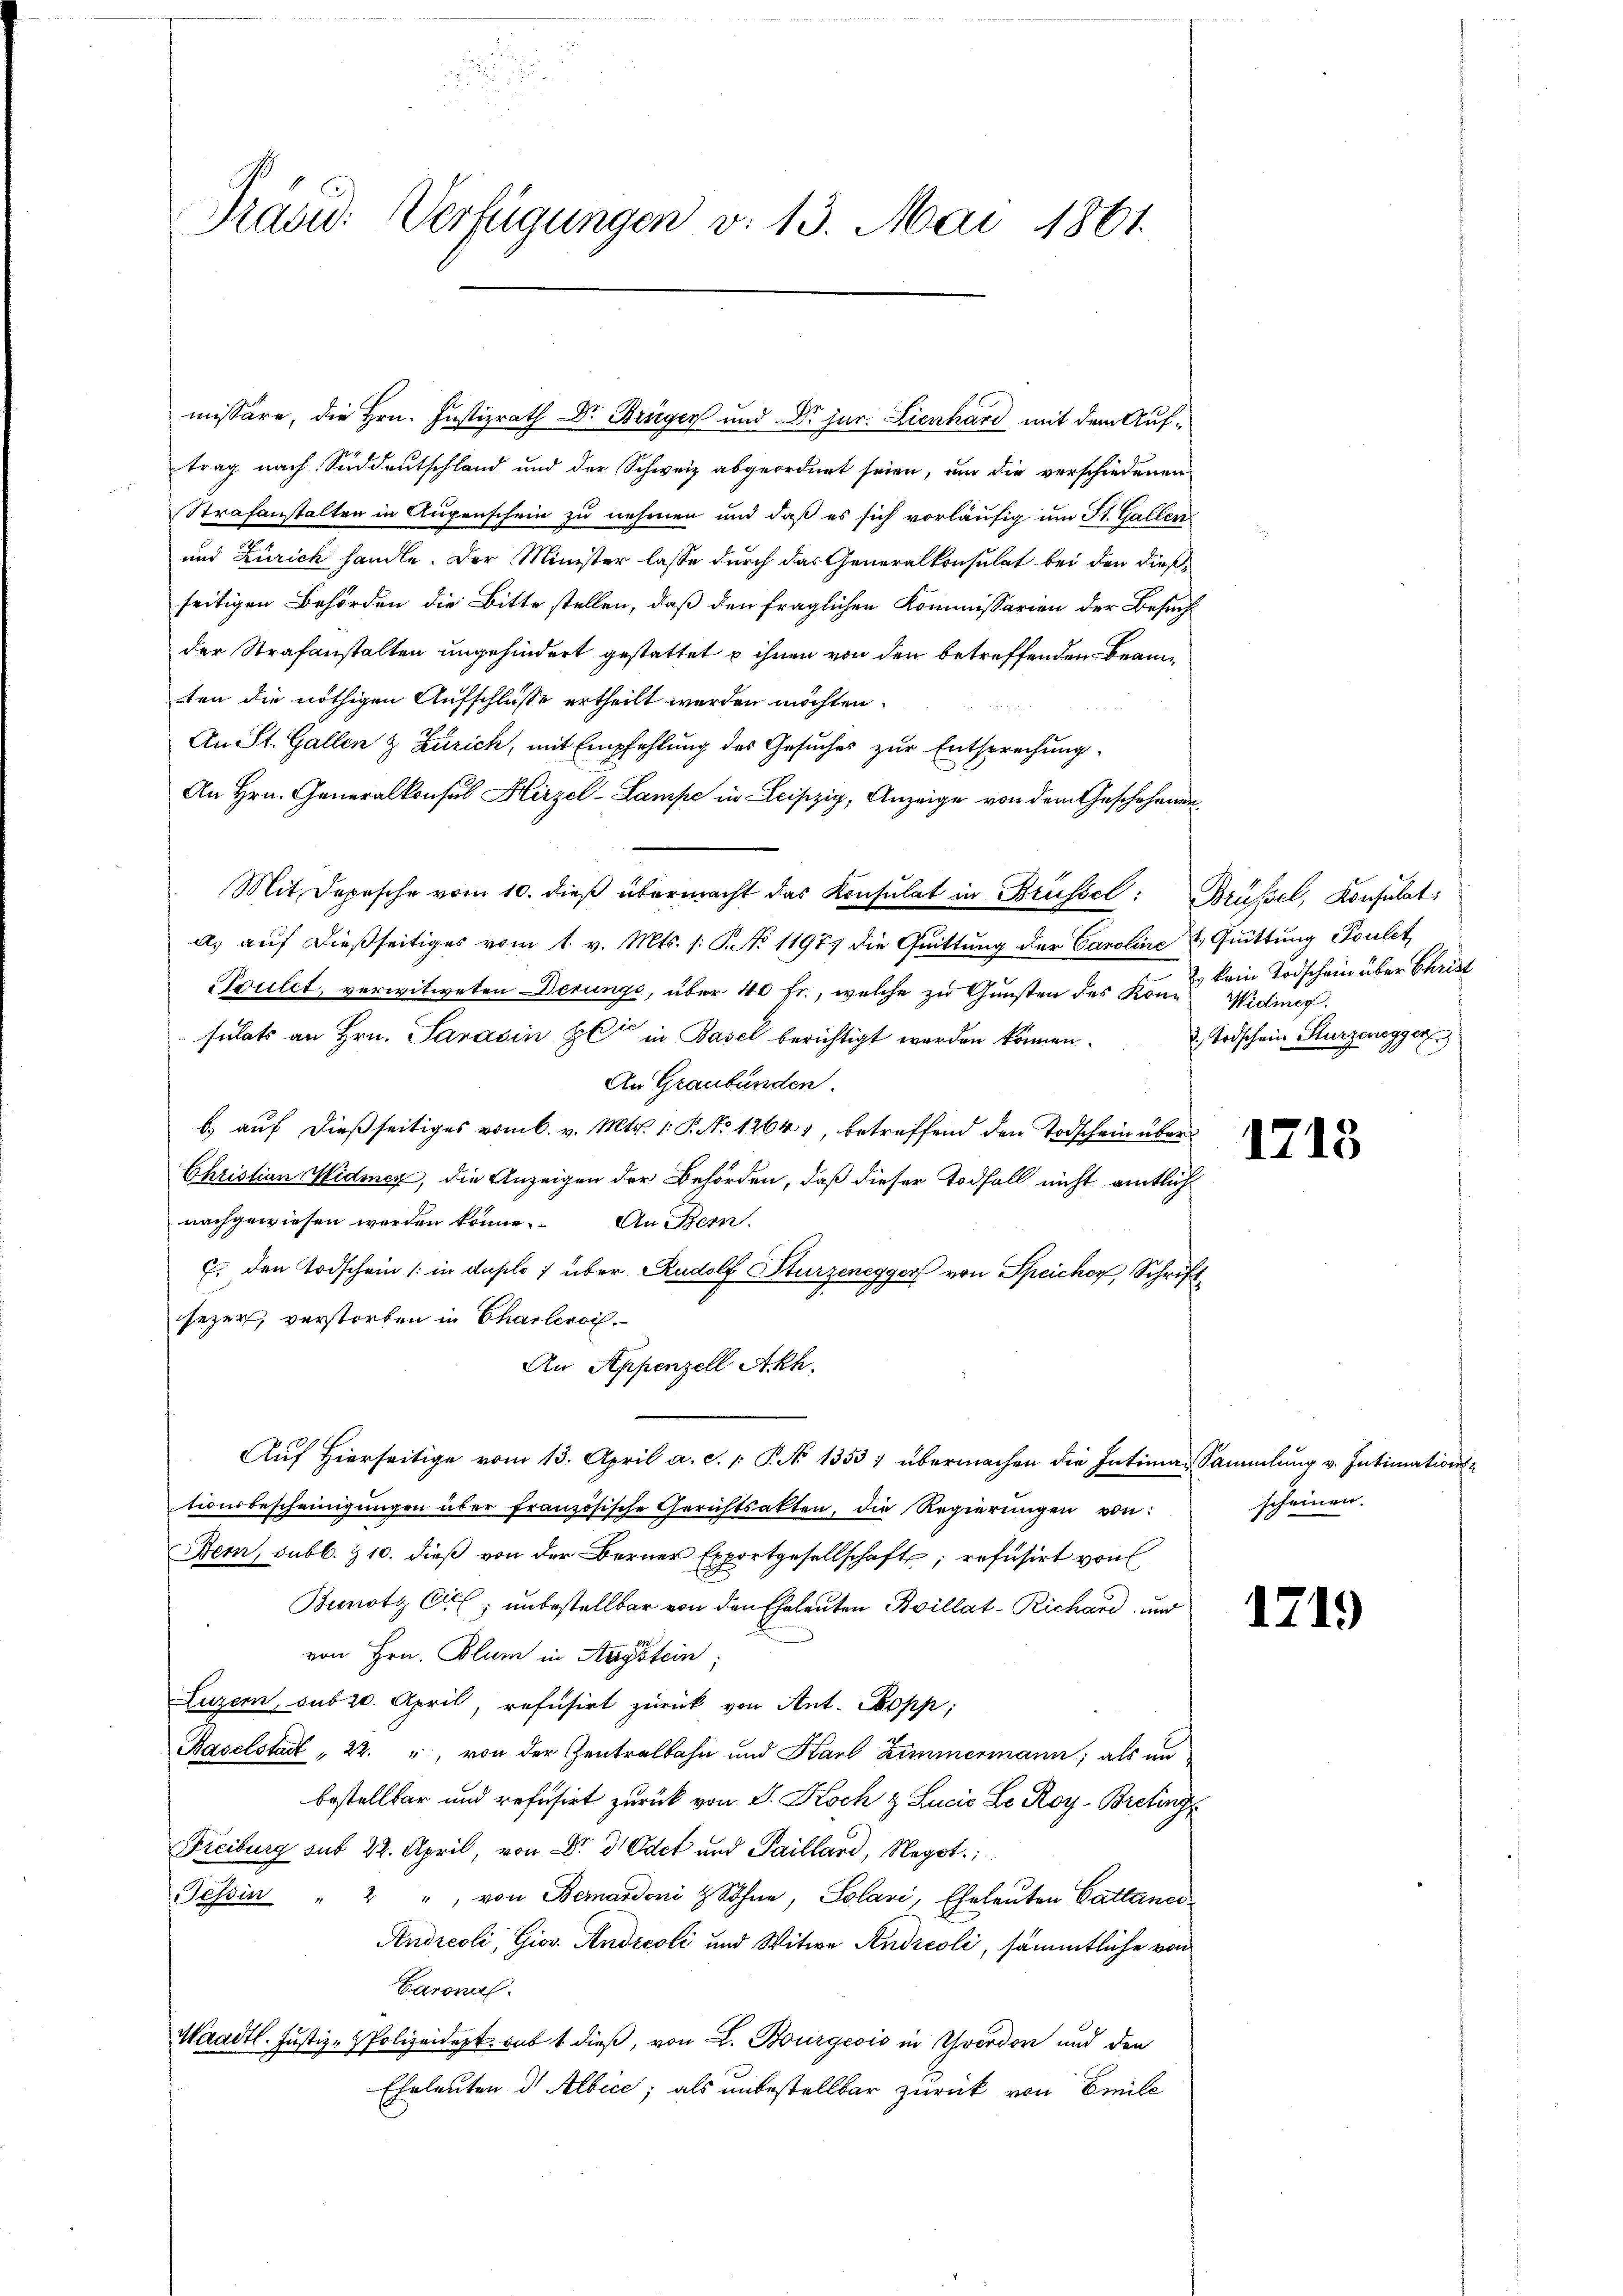
Tradid: Verfügungen v. 13. Mai 1861.

missäre, die Hrn. Justizrath Dr Brügen und Dr. jur. Lienhard mit dem Auftrag nach Süddeutschland und der Schweiz abgeordnet seien, um die verschiedenen
Strafanstalten in Augenschein zu nehmen und daß es sich vorläufig um St. Gallen
und Zürich handle. Der Minister lasse durch das Generalkonsulat bei den dießseitigen Behörden die Bitte stellen, daß den fraglichen Kommissarien der Besuch
der Strafanstalten ungehindert gestattet u ihnen von den betreffenden Beamten die nöthigen Aufschlusse ertheilt werden möchten.
An St. Gallen & Zürich, mit Empfehlung des Gesuches zur Entsprechung
An Hrn. Generalkonsul Hirzel-Lampe in Leipzig, Anzeige von dem Geschehenen¬
Mit Depesche vom 10. dieβ übermacht das Konsulat in Brüssel: Brüssel, Konsulat
a) auf dießseitiges vom 1. v. Mts. s. S. No 11977 die Quittung der Caroline . Quittung Foulet
Toilet, verwitweten Derungs, über 40 fr., welche zu Gunsten des Konsulats an Hrn. Saracin Herr in Basel berichtigt werden können.
An Graubünden.
b.) auf dießseitiges vom 6. v. Mts. 1. P. No 1264), betreffend den Todschein über
Christian Widmer, die Anzeigen der Behörden, daß dieser Todfall nicht amtlich
nachgewiesen werden könne. An Bern.
7. den Todschein /: in duplo 1 über Rudolf Sturzenegger von Speicher, Schriftsezer, verstorben in Charteroi
An Appenzell Akh.
Aŭf hierseitige vom 13. April a. c. v. P. No 1353; übermachen die Intima-Sammlung v. Intimations-
tionsbescheinigŭngen über französische Gerichtsakten, die Regierŭngen von:
Bern, subb. & 10. dieß von der Berner Exportgesellschaft; refusirt von
Bunoty Cill; unbestellbar von den Eheleuten Boillat-Richard und
von Hrn. Blum in Augstein,
Luzern, sub 20. April, refusirt zurück von Ant. Popp;
Baselstadt , 22. ", von der Zentralbahn und Karl Zimmermann; als an
bestellter und refusirt zurück von S. Koch & Lucis Se. Roy-Breting
Freiburg sub 22. April, von Dr. Odet und Paillard, Negot.
Tessin " 2 " von Bernardoni & Sohne, Solari, Eheleuten Cattaner¬
Andreoli, Giov. Andreoli und Witwe Andreoli, sämmtliche von
Baronal
Waadt. Justiz-Polizeidet sub 1 dieß, von L. Burgeois in Theodor und den
Eheleuten d. Albice; als unbestellbar zurück von Emile

kein Todschein über Christ
Widiner.
2. Todschein Sturzenegger

1718

scheinen.

1719